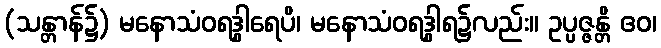
(သန္တာန်၌) မနောသံဝရဒွါရေပိ၊ မနောသံဝရဒွါရ၌လည်း။ ဥပ္ပဇ္ဇန္တိ ဧဝ၊